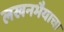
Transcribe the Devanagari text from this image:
लखनभैयाचा